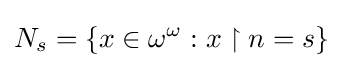
N_{s}=\{x\in \omega ^{\omega }:x\upharpoonright n=s\}